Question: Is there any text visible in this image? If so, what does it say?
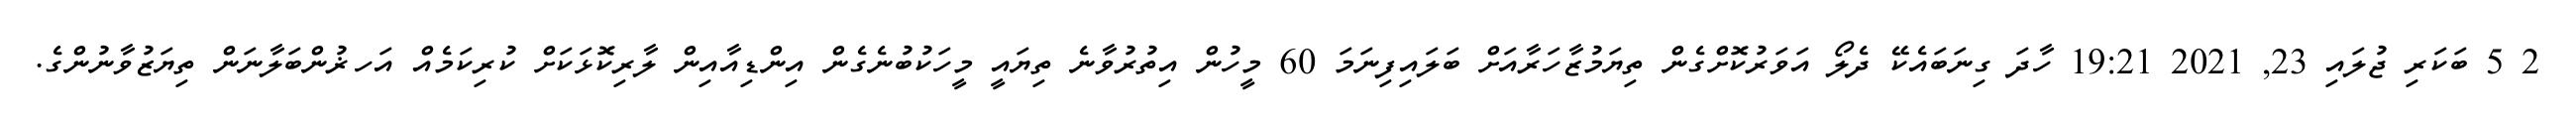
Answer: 2 5 ބަކަރި ޖުލައި 23, 2021 19:21 ހާދަ ގިނަބައެކޭ ދެލޯ އަވަރުކޮށްގެން ތިޔަމުޒާހަރާއަށް ބަލައިފިނަމަ 60 މީހުން އިތުރުވާނެ ތިޔައީ މީހަކުބުނެގެން އިންޑިއާއިން ލާރިކޮޅަކަށް ކުރިކަމެއް އަހޜުންބަލާނަން ތިޔަޒުވާނުންގެ.